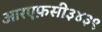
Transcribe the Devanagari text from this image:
आरएफ़सी३४३९